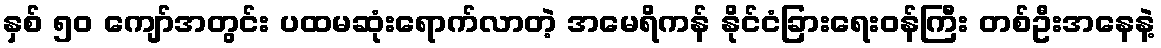
နှစ် ၅၀ ကျော်အတွင်း ပထမဆုံးရောက်လာတဲ့ အမေရိကန် နိုင်ငံခြားရေးဝန်ကြီး တစ်ဦးအနေနဲ့